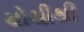
ચોથીથી